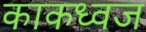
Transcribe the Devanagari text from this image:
काकध्वज